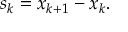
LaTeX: s _ { k } = x _ { k + 1 } - x _ { k } .